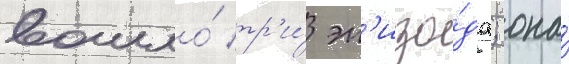
вошло́ тр'и́ эп'изо́да; она́